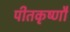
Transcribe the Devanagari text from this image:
पीतकृष्णौ